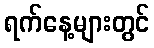
ရက်နေ့များတွင်